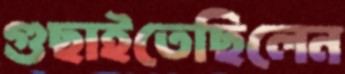
গুছাইতেছিলেন